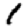
Digit: 1